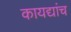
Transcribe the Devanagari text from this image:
कायद्यांच